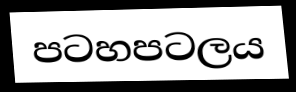
පටහපටලය